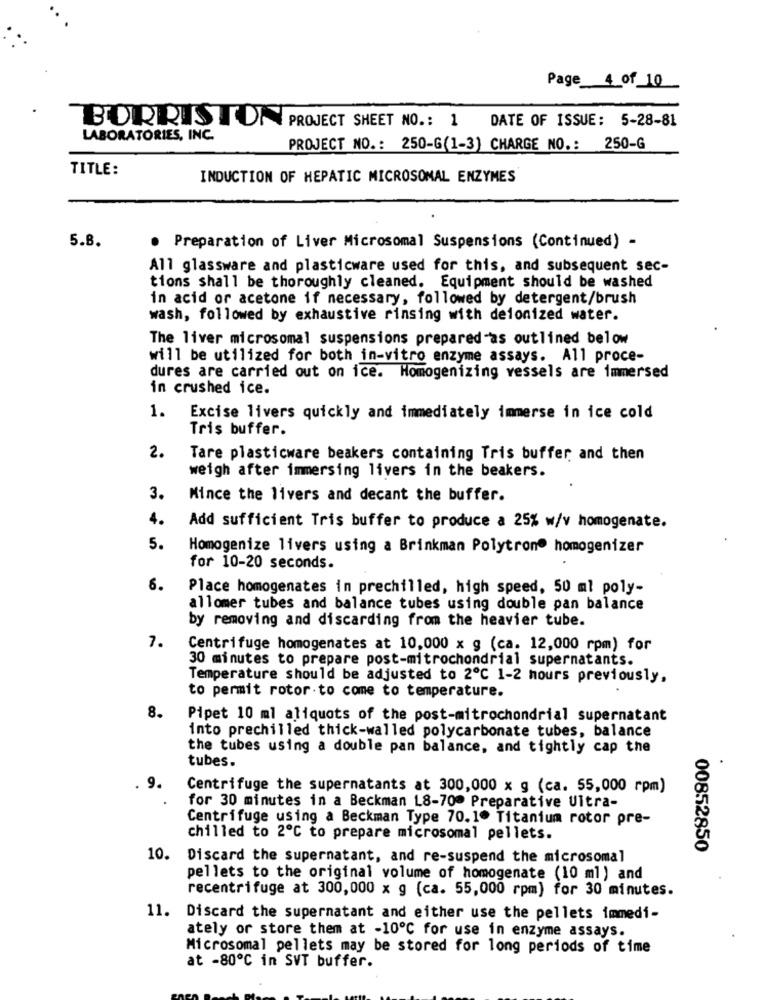
Page_4_of_10
BORRIS TON PROJECT SHEET NO .: 1
DATE OF ISSUE: 5-28-81
LABORATORIES, INC.
PROJECT NO .: 250-G(1-3) CHARGE NO .: 250-G
TITLE:
INDUCTION OF HEPATIC MICROSOMAL ENZYMES
5.8.
Preparation of Liver Microsomal Suspensions (Continued) -
All glassware and plasticware used for this, and subsequent sec-
tions shall be thoroughly cleaned. Equipment should be washed
in acid or acetone if necessary, followed by detergent/brush
wash, followed by exhaustive rinsing with deionized water.
The liver microsomal suspensions prepared-as outlined below
will be utilized for both in-vitro enzyme assays. All proce-
dures are carried out on ice. Homogenizing vessels are immersed
in crushed ice.
1. Excise livers quickly and immediately immerse in ice cold
Tris buffer.
2.
Tare plasticware beakers containing Tris buffer and then
weigh after immersing livers in the beakers.
3.
Mince the livers and decant the buffer.
4.
Add sufficient Tris buffer to produce a 25% w/v homogenate.
5.
Homogenize livers using a Brinkman Polytron® homogenizer
for 10-20 seconds.
6.
Place homogenates in prechilled, high speed, 50 ml poly-
allomer tubes and balance tubes using double pan balance
by removing and discarding from the heavier tube.
7.
Centrifuge homogenates at 10,000 x g (ca. 12,000 rpm) for
30 minutes to prepare post-mitrochondrial supernatants.
Temperature should be adjusted to 2℃ 1-2 hours previously,
to permit rotor to come to temperature.
8.
Pipet 10 ml aliquots of the post-mitrochondrial supernatant
into prechilled thick-walled polycarbonate tubes, balance
the tubes using a double pan balance, and tightly cap the
tubes.
. 9.
Centrifuge the supernatants at 300,000 x g (ca. 55,000 rpm)
for 30 minutes in a Beckman 18-70º Preparative Ultra-
Centrifuge using a Beckman Type 70.1. Titanium rotor pre-
chilled to 2º℃ to prepare microsomal pellets.
00852850
10. Discard the supernatant, and re-suspend the microsomal
pellets to the original volume of homogenate (10 ml) and
recentrifuge at 300,000 x g (ca. 55,000 rpm) for 30 minutes.
11.
Discard the supernatant and either use the pellets immedi-
ately or store them at -10℃ for use in enzyme assays.
Microsomal pellets may be stored for long periods of time
at -80℃ in SVT buffer.